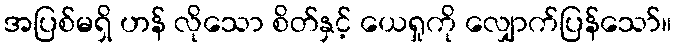
အပြစ်မရှိ ဟန် လိုသော စိတ်နှင့် ယေရှုကို လျှောက်ပြန်သော်။